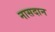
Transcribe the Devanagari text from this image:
नासदान